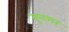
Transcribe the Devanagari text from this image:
बुनगर्